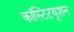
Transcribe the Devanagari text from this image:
कांस्टिटयूशन